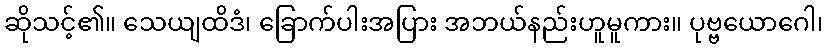
ဆိုသင့်၏။ သေယျထိဒံ၊ ခြောက်ပါးအပြား အဘယ်နည်းဟူမူကား။ ပုဗ္ဗယောဂေါ၊